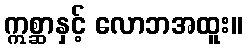
ဣစ္ဆာနှင့် လောဘအထူး။